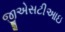
જીએસટીઆઇ